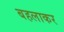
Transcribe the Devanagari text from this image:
बहलाकर